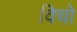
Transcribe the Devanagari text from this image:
विचो